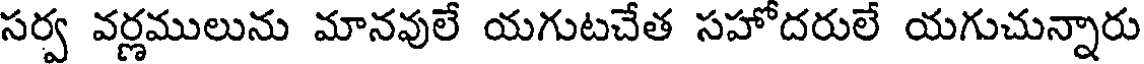
సర్వ వర్ణములును మానవులే యగుటచేత సహోదరులే యగుచున్నారు